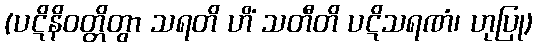
(ပဋိနိဝတ္တိတွာ သရတိ ဟိံ သတီတိ ပဋိသရဏံ၊ ဟုပြု)